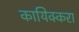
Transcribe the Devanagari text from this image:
कायिक्करा